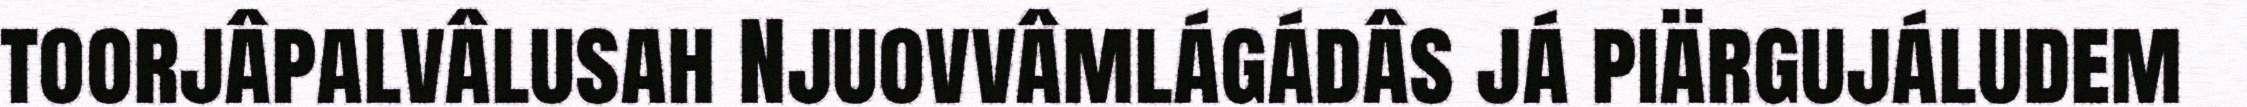
toorjâpalvâlusah Njuovvâmlágádâs já piärgujáludem